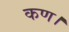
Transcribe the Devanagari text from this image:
कण।